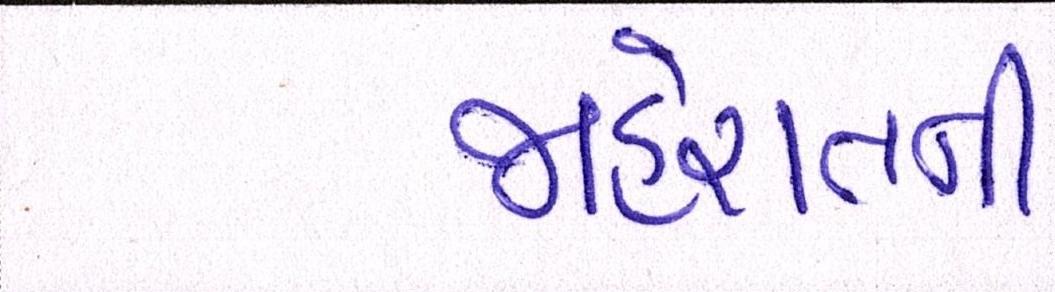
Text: જાહેરાતની